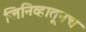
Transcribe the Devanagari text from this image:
जिनिव्हातूनच